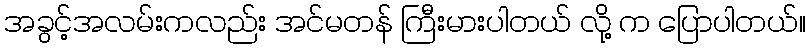
အခွင့်အလမ်းကလည်း အင်မတန် ကြီးမားပါတယ် လို့ က ပြောပါတယ်။